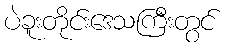
ပဲခူးတိုင်းဒေသကြီးတွင်